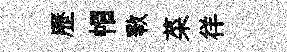
歷帽斁菜徉